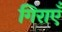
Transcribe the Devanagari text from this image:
गिराएँ